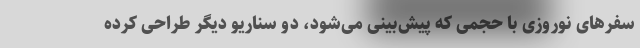
سفرهای نوروزی با حجمی که پیش‌بینی می‌شود، دو سناریو دیگر طراحی کرده